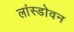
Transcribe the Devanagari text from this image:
लांस्डोवन